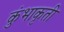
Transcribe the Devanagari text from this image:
कुंभाकृती